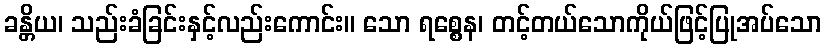
ခန္တိယ၊ သည်းခံခြင်းနှင့်လည်းကောင်း။ သော ရစ္စေန၊ တင့်တယ်သောကိုယ်ဖြင့်ပြုအပ်သော